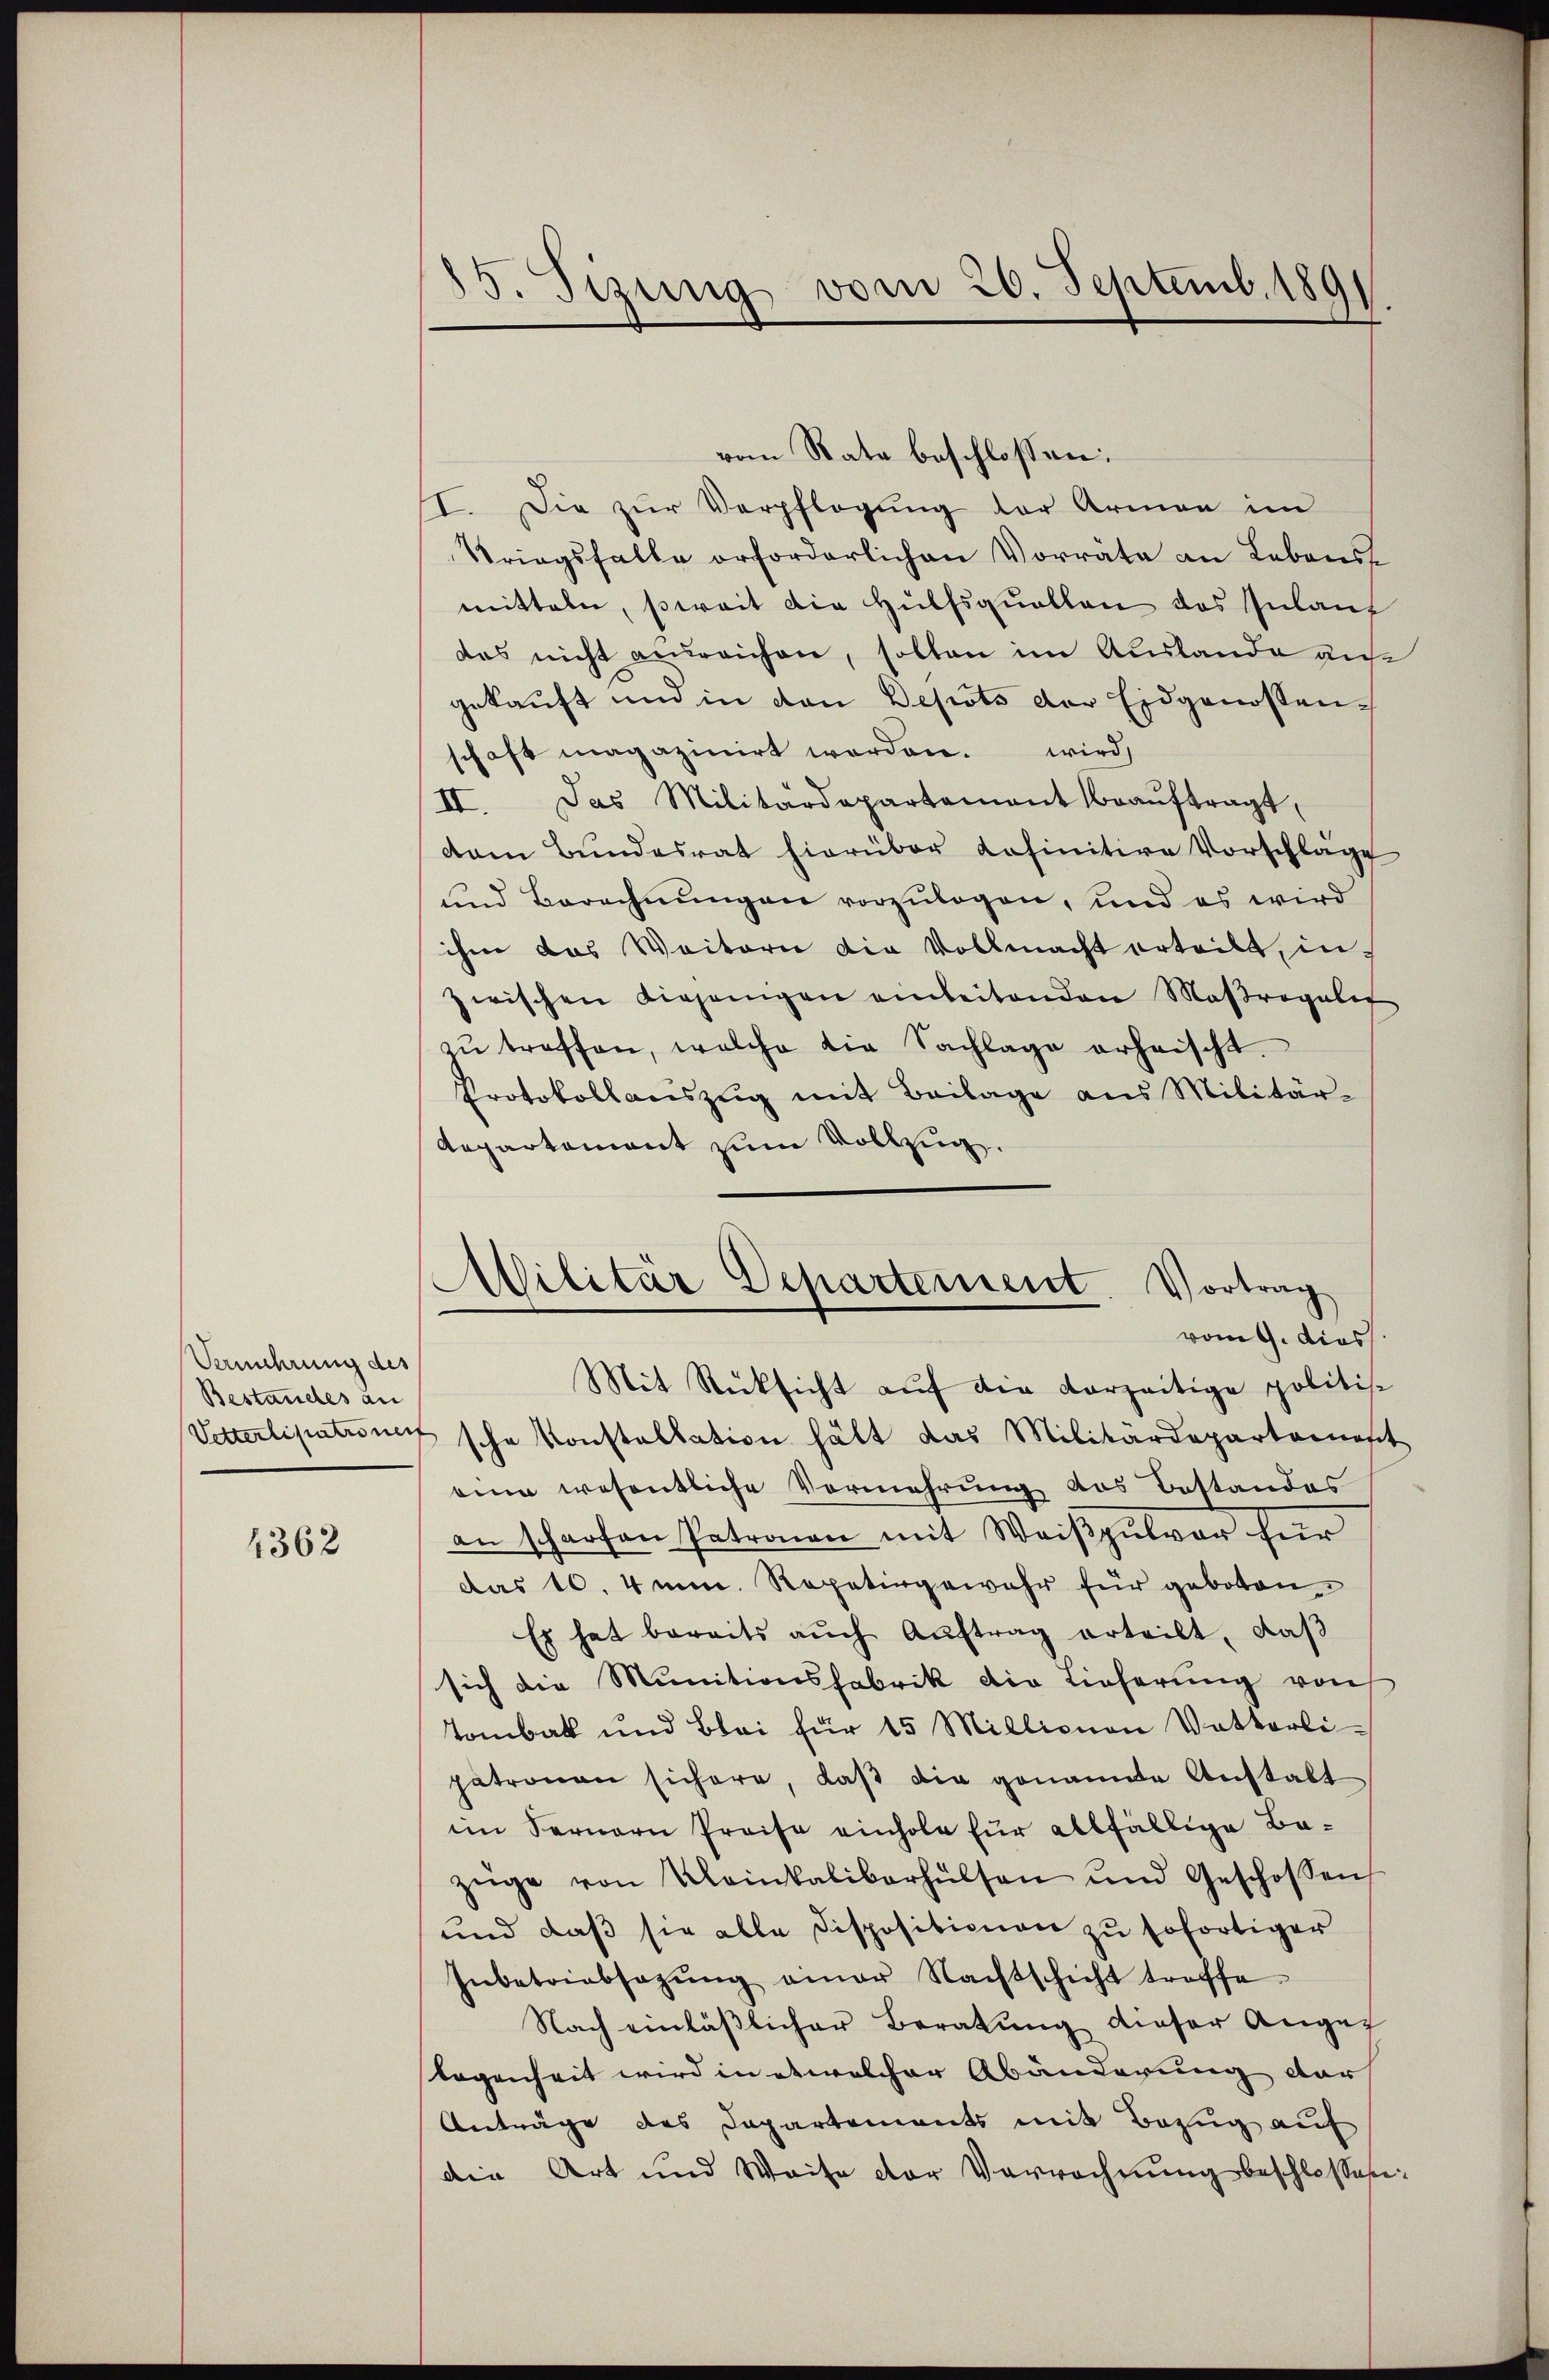
Vermehrung des
Bestandes an

4362

35. Sizung vom 20. Septemb. 1891

vom Rata beschlossen:
II. Die zŭr Verpflegung der Armen im
Striegsfalle erforderlichen Vorräte an Lebens
mitteln, soweit die Hülfsquellen des Inlang
das nicht ausreichen, sollen im Auslande auf
gekauft und in den Depots der Eidgenossenschaft magazinirt werden. wird,
II. Das Militärdepartement beaŭftragt,
dam Bundesrat hierüber definitive Vorschläge
und Berechnungen vorzulegen, und es wird
ihm das Weitern die Vollmacht erteilt, in
zwischen diejenigen einbeitenden Maßregaler
zŭ treffen, welche die Sachlage erheischt.
Protokollauszug mit Beilage aus Militär-
Repartement zum Vollzug.

Militär Departement. Vortrag
vom 9. dies
Mit Rücksicht auf die vorzeitige politisc

Vetterlipatione sche Konstallation hält das Militärdepartarnest
eine wesentliche Vormehrung des Bestandes
an scharfen Patronen mit Weiβpulver für
das 10. 4mm. Repetirgewahr für geboten
Es hat bereits aŭch Aŭftrag erteilt, daβ
sich die Munitionsfabrik die Lieferŭng von
Tobak und Blei für 15 Millionen Votterli-
patronen sichere, daß die genannte Anstalt
im Fernern Preise einhole für allfällige Bazüge von Weinkalikerhülsen und Geschossen
und daß sie alle Dispositionen zu sofortiger
Inbetriebsazŭng einer Nachtschicht troffe.
Nach einläβlicher Beratŭng dieser Ange
legenheit wird in etwelcher Abänderung der
Anträge des Capartements mit Bezug auf
die Art und Weise der Verrechnung beschlossen: